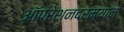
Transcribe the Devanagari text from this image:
ऑपरेशनदरम्यान